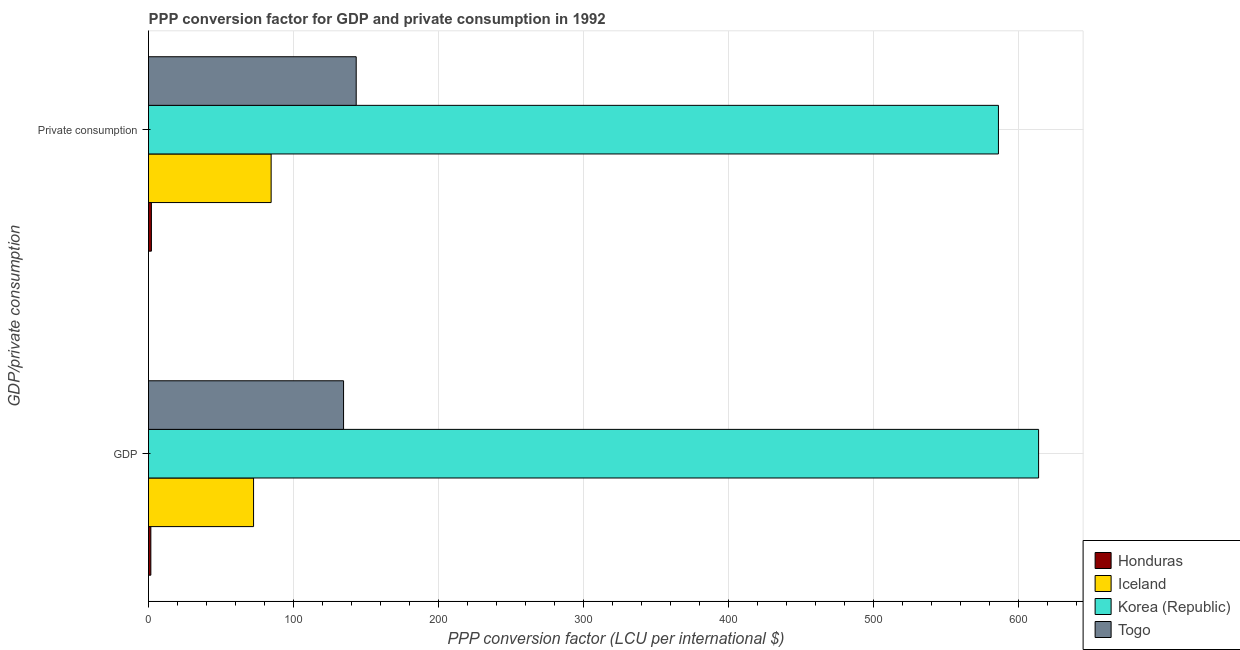
| GDP/private consumption | Honduras | Iceland | Korea (Republic) | Togo |
 | --- | --- | --- | --- | --- |
 | GDP | 1.61 | 72.5 | 614 | 135 |
 |  Private consumption | 1.99 | 84.6 | 586 | 143 |